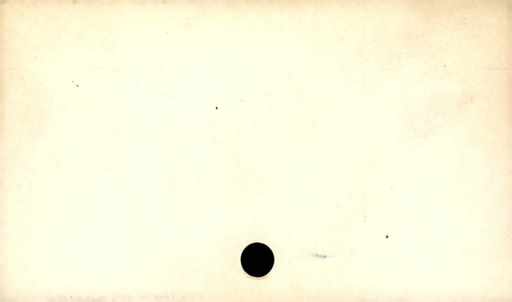
Label: blank